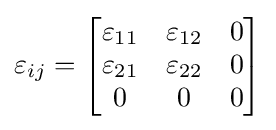
\varepsilon _{ij}={\begin{bmatrix}\varepsilon _{11}&\varepsilon _{12}&0\\\varepsilon _{21}&\varepsilon _{22}&0\\0&0&0\end{bmatrix}}\,\!